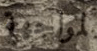
لمواجهة